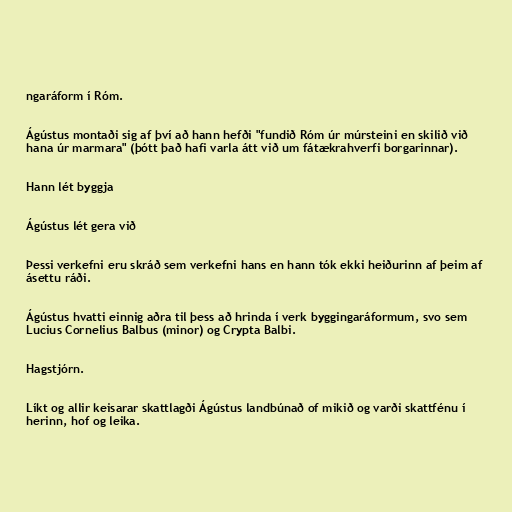
ngaráform í Róm.

Ágústus montaði sig af því að hann hefði "fundið Róm úr múrsteini en skilið við
hana úr marmara" (þótt það hafi varla átt við um fátækrahverfi borgarinnar).

Hann lét byggja

Ágústus lét gera við

Þessi verkefni eru skráð sem verkefni hans en hann tók ekki heiðurinn af þeim af
ásettu ráði.

Ágústus hvatti einnig aðra til þess að hrinda í verk byggingaráformum, svo sem
Lucius Cornelius Balbus (minor) og Crypta Balbi.

Hagstjórn.

Líkt og allir keisarar skattlagði Ágústus landbúnað of mikið og varði skattfénu í
herinn, hof og leika.